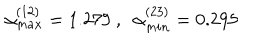
\alpha _ { m a x } ^ { ( 1 2 ) } = 1 . 2 7 9 \ , \ \ \alpha _ { m i n } ^ { ( 2 3 ) } = 0 . 2 9 5